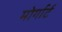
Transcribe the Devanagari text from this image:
मोर्गार्ट